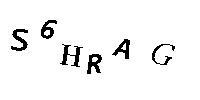
S6HRAG